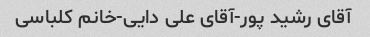
آقای رشید پور-آقای علی دایی-خانم کلباسی